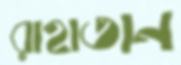
রাহাতান